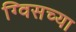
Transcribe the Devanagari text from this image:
ग्विसच्या